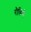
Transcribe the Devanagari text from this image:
रौबिनी